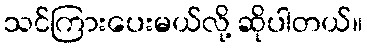
သင်ကြားပေးမယ်လို့ ဆိုပါတယ်။